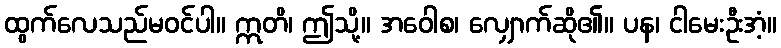
ထွက်လေသည်မဝင်ပါ။ ဣတိ၊ ဤသို့။ အဝေါစ၊ လျှောက်ဆို၏။ ပန၊ ငါမေးဦးအံ့။